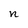
Character: n